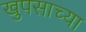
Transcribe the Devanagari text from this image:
खुपसाच्या